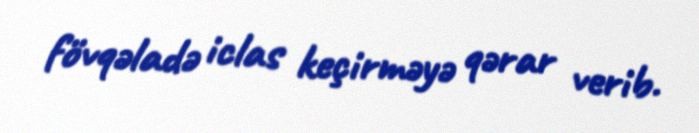
fövqəladə iclas keçirməyə qərar verib.